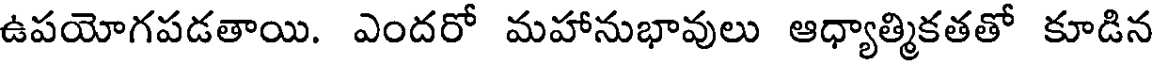
ఉపయోగపడతాయి. ఎందరో మహానుభావులు ఆధ్యాత్మికతతో కూడిన